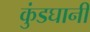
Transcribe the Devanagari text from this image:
कुंडघानी